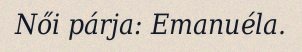
Női párja: Emanuéla.